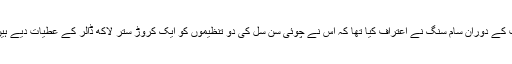
واضح رہے کہ دسمبر میں پارلیمانی سماعت کے دوران سام سنگ نے اعتراف کیا تھا کہ اس نے چوئی سُن سل کی دو تنظیموں کو ایک کروڑ ستر لاکھ ڈالر کے عطیات دیے ہیں لیکن اس کے عوض کوئی فائدہ نہیں اٹھایا۔